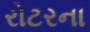
રોટરના